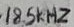
Text: 18.5kHz